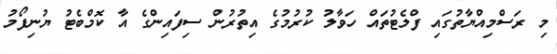
މި ރަސްމިއްޔާތުގައި ފްލެޓުތައް ހަވާލު ކުރުމުގެ އިތުރުން ސިފައިންގެ އާ ކޮމްބެޓު ޔުނިފޯމު